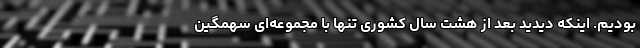
بودیم. اینکه دیدید بعد از هشت سال کشوری تنها با مجموعه‌ای سهمگین